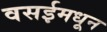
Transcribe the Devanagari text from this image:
वसईमधून